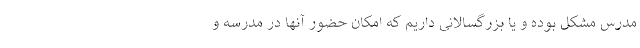
مدرس مشکل بوده و یا بزرگسالانی داریم که امکان حضور آنها در مدرسه و